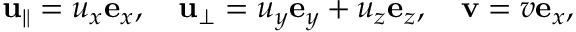
\mathbf { u } _ { \parallel } = u _ { x } \mathbf { e } _ { x } , \quad \mathbf { u } _ { \perp } = u _ { y } \mathbf { e } _ { y } + u _ { z } \mathbf { e } _ { z } , \quad \mathbf { v } = v \mathbf { e } _ { x } ,